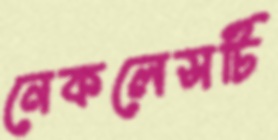
নেকলেসটি